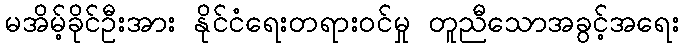
မအိမ့်ခိုင်ဦးအား နိုင်ငံရေးတရားဝင်မှု တူညီသောအခွင့်အရေး